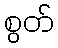
စွတ်